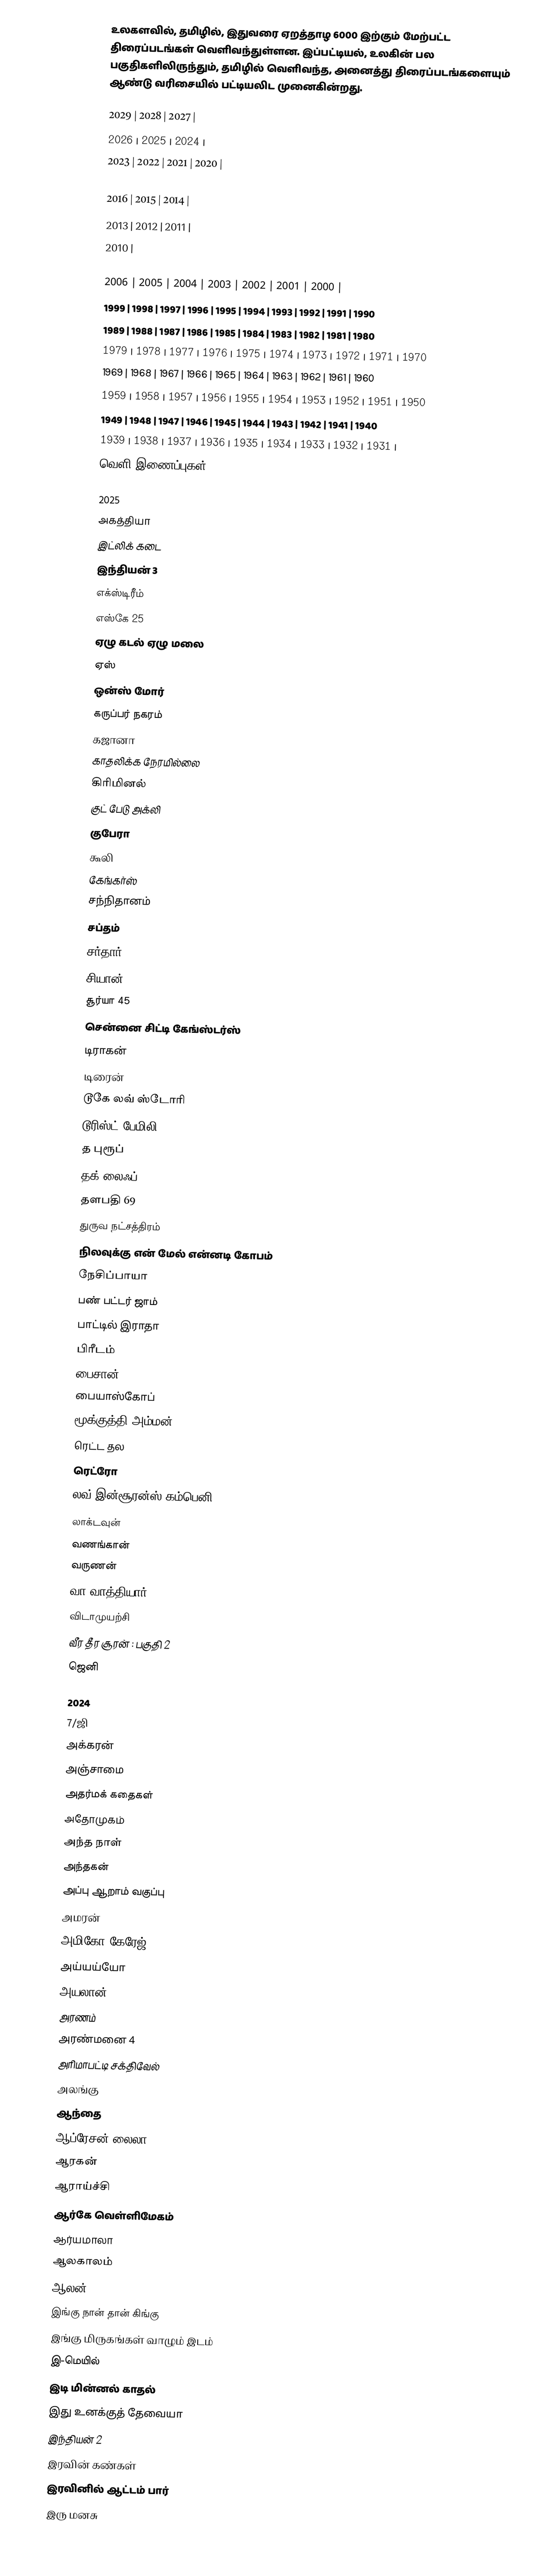
உலகளவில், தமிழில், இதுவரை ஏறத்தாழ 6000 இற்கும் மேற்பட்ட திரைப்படங்கள் வெளிவந்துள்ளன.  இப்பட்டியல், உலகின் பல பகுதிகளிலிருந்தும், தமிழில் வெளிவந்த, அனைத்து திரைப்படங்களையும் ஆண்டு வரிசையில் பட்டியலிட முனைகின்றது.

2029 | 2028 | 2027 |
2026 | 2025 | 2024 |
2023 | 2022 | 2021 | 2020 |
2019 | 2018 | 2017 |
2016 | 2015 | 2014 |
2013 | 2012 | 2011 |
2010 |
2009 | 2008 | 2007 |
2006 | 2005 | 2004 | 2003 | 2002 | 2001 | 2000 |
1999 | 1998 | 1997 | 1996 | 1995 | 1994 | 1993 | 1992 | 1991 | 1990
1989 | 1988 | 1987 | 1986 | 1985 | 1984 | 1983 | 1982 | 1981 | 1980
1979 | 1978 | 1977 | 1976 | 1975 | 1974 | 1973 | 1972 | 1971 | 1970
1969 | 1968 | 1967 | 1966 | 1965 | 1964 | 1963 | 1962 | 1961 | 1960
1959 | 1958 | 1957 | 1956 | 1955 | 1954 | 1953 | 1952 | 1951 | 1950
1949 | 1948 | 1947 | 1946 | 1945 | 1944 | 1943 | 1942 | 1941 | 1940
1939 | 1938 | 1937 | 1936 | 1935 | 1934 | 1933 | 1932 | 1931 |
வெளி இணைப்புகள்

2025
 அகத்தியா
 இட்லிக் கடை
 இந்தியன் 3
 எக்ஸ்டிரீம்
 எஸ்கே 25
 ஏழு கடல் ஏழு மலை
 ஏஸ்
 ஒன்ஸ் மோர்
 கருப்பர் நகரம்
 கஜானா
 காதலிக்க நேரமில்லை
 கிரிமினல்
 குட் பேடு அக்லி
 குபேரா
 கூலி
 கேங்கர்ஸ்
 சந்நிதானம்
 சப்தம்
 சர்தார் 2
 சியான் 63
 சூர்யா 45
 சென்னை சிட்டி கேங்ஸ்டர்ஸ்
 டிராகன்
 டிரைன்
 டூகே லவ் ஸ்டோரி
 டூரிஸ்ட் பேமிலி
 த புரூப்
 தக் லைஃப்
 தளபதி 69
 துருவ நட்சத்திரம்
 நிலவுக்கு என் மேல் என்னடி கோபம்
 நேசிப்பாயா
 பண் பட்டர் ஜாம்
 பாட்டில் இராதா
 பிரீடம்
 பைசான்
 பையாஸ்கோப்
 மூக்குத்தி அம்மன் 2
 ரெட்ட தல
 ரெட்ரோ
 லவ் இன்சூரன்ஸ் கம்பெனி
 லாக்டவுன்
 வணங்கான்
 வருணன்
 வா வாத்தியார்
 விடாமுயற்சி
 வீர தீர சூரன் : பகுதி 2
 ஜெனி

2024
 7/ஜி
 அக்கரன்
 அஞ்சாமை
 அதர்மக் கதைகள்
 அதோமுகம்
 அந்த நாள்
 அந்தகன்
 அப்பு ஆறாம் வகுப்பு
 அமரன்
 அமிகோ கேரேஜ்
 அய்யய்யோ
 அயலான்
 அரணம்
 அரண்மனை 4
 அரிமாபட்டி சக்திவேல்
 அலங்கு
 ஆந்தை
 ஆப்ரேசன் லைலா
 ஆரகன்
 ஆராய்ச்சி
 ஆர்கே வெள்ளிமேகம்
 ஆர்யமாலா
 ஆலகாலம்
 ஆலன்
 இங்கு நான் தான் கிங்கு
 இங்கு மிருகங்கள் வாழும் இடம்
 இ-மெயில்
 இடி மின்னல் காதல்
 இது உனக்குத் தேவையா
 இந்தியன் 2
 இரவின் கண்கள்
 இரவினில் ஆட்டம் பார்
 இரு மனசு